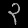
Digit: ၃